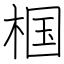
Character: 椢